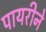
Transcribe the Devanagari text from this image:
पायरीने